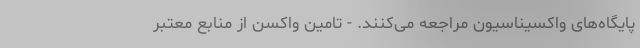
پایگاه‌های واکسیناسیون مراجعه می‌کنند. - تامین واکسن از منابع معتبر